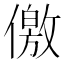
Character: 儌